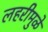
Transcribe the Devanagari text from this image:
लहरीमुळे